Vaccination in Bombay 1902-1912 - 1902-1912
Year: 1902
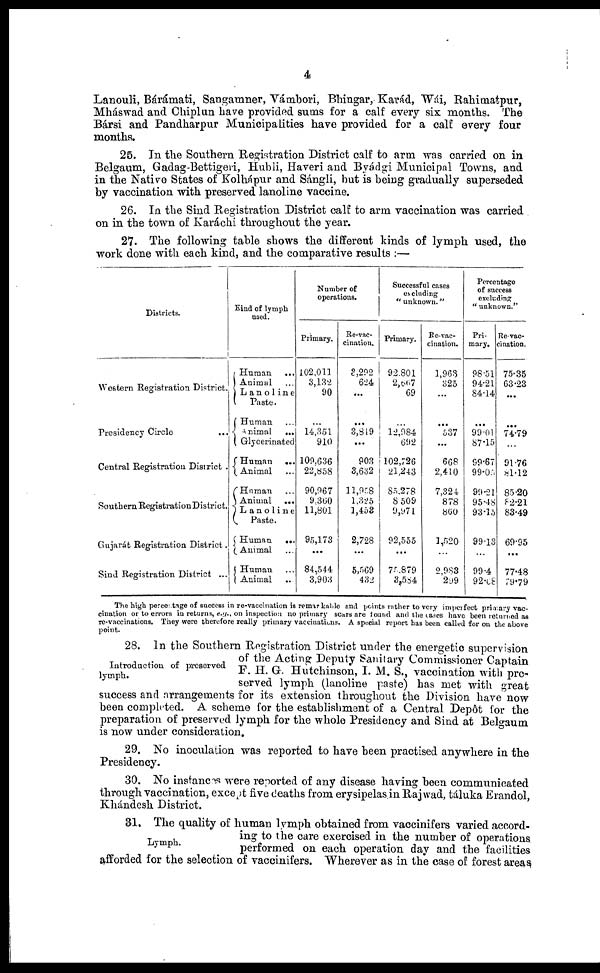
4
Lanouli, Bárámati, Sangamner, Vámbori, Bhingar, Karád, Wái, Rahimatpur,
Mháswad and Chiplun have provided sums for a calf every six months. The
Bársi and Pandharpur Municipalities have provided for a calf every four
months.
25. In the Southern Registration District calf to arm was carried on in
Belgaum, Gadag-Bettigeri, Hubli, Haveri and Byádgi Municipal Towns, and
in the Native States of Kolhápur and Sángli, but is being gradually superseded
by vaccination with preserved lanoline vaccine.
26. In the Sind Registration District calf to arm vaccination was carried .
on in the town of Karáchi throughout the year.
27. The following table shows the different kinds of lymph used, the
work done with each kind, and the comparative results :—
Districts.
Western Registration District.
Presidency Circle ...
Central Registration District .
Southern Registration District.
Gujarát Registration District.
Sind Registration District ...
Kind of lymph
used.
Human ...
Animal ...
Lanoline
Paste.
Human ...
Animal
...
Glycerinated
Human
...
Animal ...
Human ...
Animal
...
Lanoline
Paste.
Human
...
Animal ...
Human ...
Animal ...
Number of
operations.
Primary.
102,011
3,132
90
...
14,351
910
109,636
22,858
90,967
9,360
11,801
95,173
...
84,544
3,903
Re-vac-
cination.
3,292
624
...
...
3,849
...
903
3,632
11,958
1,325
1,453
2,728
...
5,569
432
Successful cases
excluding
" unknown."
Primary.
92,801
2,667
69
...
12,984
692
102,726
21,243
85,278
8,509
9,971
92,555
...
75,879
3,584
Re-vac-
cination.
1,963
325
...
...
537
...
668
2,410
7,324
878
860
1,520
...
2,983
299
Percentage
of success
excluding
" unknown."
Pri-
mary.
98.51
94.21
84.14
...
99.01
87.15
99.67
99.05
99.21
95.48
93.15
99.13
...
99.4
92.68
Re-vac-
cination.
75.35
63.23
...
...
74.79
...
91.76
81.12
85.20
82.21
83.49
69.95
...
77.48
79.79
The high percentage of success in re-vaccination is remarkable and points rather to very imperfect primary vac-
cination or to errors in returns, e.g., on inspection no primary scars are found and the cases have been returned as
re-vaccinations. They were therefore really primary vaccinations. A special report has been called for on the above
point.
Introduction of preserved
lymph.
28. In the Southern Registration District under the energetic supervision
of the Acting Deputy Sanitary Commissioner Captain
F. H. G. Hutchinson, I. M. S., vaccination with pre-
served lymph (lanoline paste) has met with great
success and arrangements for its extension throughout the Division have now
been completed. A scheme for the establishment of a Central Depôt for the
preparation of preserved lymph for the whole Presidency and Sind at Belgaum
is now under consideration.
29. No inoculation was reported to have been practised anywhere in the
Presidency.
30. No instances were reported of any disease having been communicated
through vaccination, except five deaths from erysipelas in Rajwad, táluka Erandol,
Khándesh District.
Lymph.
31. The quality of human lymph obtained from vaccinifers varied accord-
ing to the care exercised in the number of operations
performed on each operation day and the facilities
afforded for the selection of vaccinifers. Wherever as in the case of forest areas,